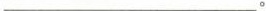
___。